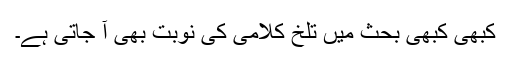
کبھی کبھی بحث میں تلخ کلامی کی نوبت بھی آ جاتی ہے۔